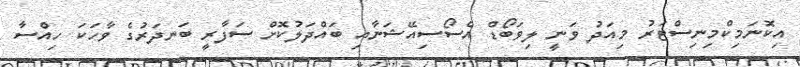
އިކޮނަމިކްމިނިސްޓަރު މިއަދު ވަނީ ލިވަބޯޑް އެސޯސިއޭޝަނާއި ބައްދަލުކޮށް ސަފާރީ ބަނދަރުގެ ވާހަކަ ހިއްސާ